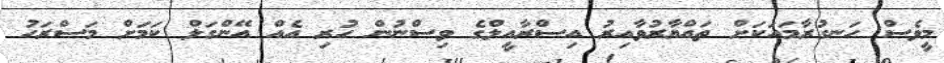
މީވެސް ހަނގުރާމައަކަށް ތައްޔާރުވާއިރު އިސްރާއީލްގެ ވިސްނުން ހުރި އެއް އޭންގަލް ކަމަށް މަސްރަހު